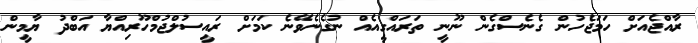
ރާއްޖެއަށް ހަމަޖެހުން ގެނެސްގެން ނޫނީ ތަރައްގީއެއް ނުގެނެވޭނެ ކަމަށް ރައީސުލްޖުމްހޫރިއްޔާ އަބްދު ޔާމީން